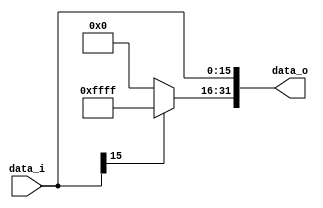
//Subject:     CO project 2 - Sign extend
//--------------------------------------------------------------------------------
//Version:     1
//--------------------------------------------------------------------------------
//Writer:      
//----------------------------------------------
//Date:        
//----------------------------------------------
//Description: 
//--------------------------------------------------------------------------------

module Sign_Extend(
    data_i,
    data_o
    );
               
//I/O ports
input   [16-1:0] data_i;
output  [32-1:0] data_o;

//Internal Signals
reg     [32-1:0] data_o;
wire    [15:0] one;
wire    [15:0] zero;  
assign one=16'b1111111111111111;
assign zero=16'd0;
//Sign extended
always@(*)
begin
 if(data_i[15]==0)
 begin
 data_o[31:16]<=zero;
 data_o[15:0]<=data_i;
 end
 else
 begin
 data_o[31:16]<=one;
 data_o[15:0]<=data_i;
 end
end
          
endmodule